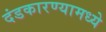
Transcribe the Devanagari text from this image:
दंडकारण्यामध्ये